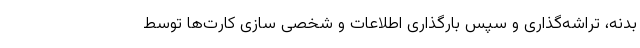
بدنه، تراشه‌گذاری و سپس بارگذاری اطلاعات و شخصی سازی کارت‌ها توسط